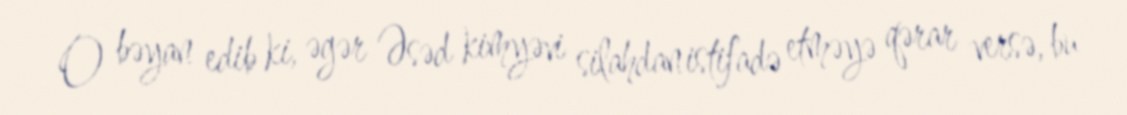
O bəyan edib ki, əgər Əsəd kimyəvi silahdan istifadə etməyə qərar versə, bu